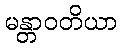
မန္တာဝတိယာ